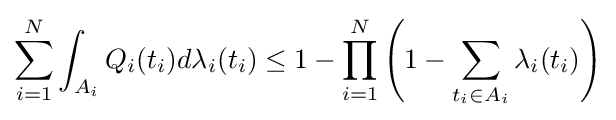
\sum _{i=1}^{N}\int _{A_{i}}Q_{i}(t_{i})d\lambda _{i}(t_{i})\leq 1-\prod _{i=1}^{N}\left(1-\sum _{t_{i}\in A_{i}}\lambda _{i}(t_{i})\right)